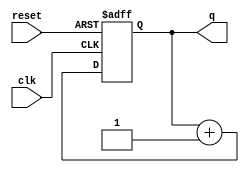
module async_reset_example (
    input wire clk,        // Clock signal
    input wire reset,      // Asynchronous reset signal
    output reg [7:0] q     // Output state signal (8-bit for example)
);

// Initial value for the output
initial begin
    q = 8'b0; // Reset value
end

// Always block for the asynchronous reset and clock sensitivity
always @(posedge clk or posedge reset) begin
    if (reset) begin
        // Asynchronous reset
        q <= 8'b0; // Set output to reset value
    end else begin
        // Normal operation on clock edge
        // Update state logic here (example: incrementing q)
        q <= q + 1; // Example state transition
    end
end

endmodule